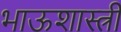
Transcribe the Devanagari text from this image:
भाऊशास्त्री